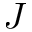
J